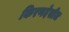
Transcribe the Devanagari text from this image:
किरणदेखील